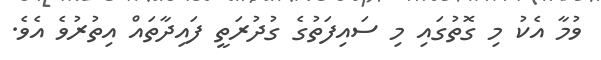
ވުމާ އެކު މި ގޮތުގައި މި ސައިފަތުގެ ގުދުރަތީ ފައިދާތައް އިތުރުވެ އެވެ.